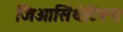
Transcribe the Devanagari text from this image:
जिओसिंथेटिक्स